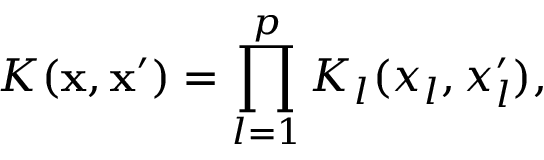
K ( \mathbf x , \mathbf x ^ { \prime } ) = \prod _ { l = 1 } ^ { p } K _ { l } ( x _ { l } , x _ { l } ^ { \prime } ) ,